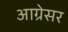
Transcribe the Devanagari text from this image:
आग्रेसर